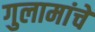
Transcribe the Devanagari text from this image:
गुलामांचे